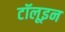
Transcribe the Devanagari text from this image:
टॉलूइन